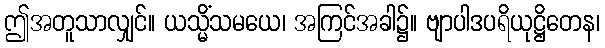
ဤအတူသာလျှင်။ ယသ္မိံသမယေ၊ အကြင်အခါ၌။ ဗျာပါဒပရိယုဋ္ဌိတေန၊